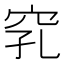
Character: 𥥅